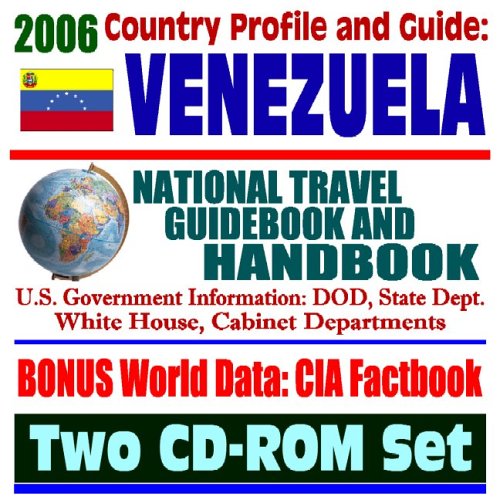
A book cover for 2006 Country Profile and Guide to Venezuela: National Travel Guidebook and Handbook (Two CD-ROM Set); U.S. Government; Travel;